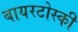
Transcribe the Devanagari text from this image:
बायरटोस्की